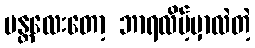
မန္တလေးတော့ ဘာရလိမ့်မှာလဲတဲ့